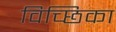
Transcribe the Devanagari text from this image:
विच्छिका